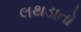
લથડાતો